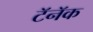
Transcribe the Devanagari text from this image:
टॅनॅक